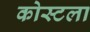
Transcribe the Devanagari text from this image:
कोस्टला